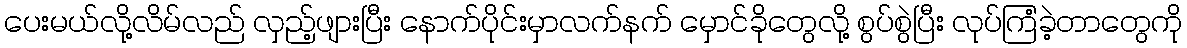
ပေးမယ်လို့လိမ်လည် လှည့်ဖျားပြီး နောက်ပိုင်းမှာလက်နက် မှောင်ခိုတွေလို့ စွပ်စွဲပြီး လုပ်ကြံခဲ့တာတွေကို